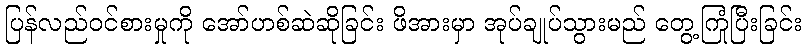
ပြန်လည်ဝင်စားမှုကို အော်ဟစ်ဆဲဆိုခြင်း ဖိအားမှာ အုပ်ချုပ်သွားမည် တွေ့ကြုံပြီးခြင်း